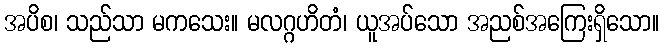
အပိစ၊ သည်သာ မကသေး။ မလဂ္ဂဟိတံ၊ ယူအပ်သော အညစ်အကြေးရှိသော။